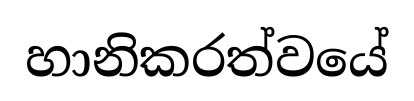
හානිකරත්වයේ